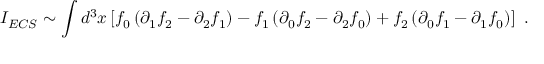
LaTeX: I _ { E C S } \sim \int d ^ { 3 } x \left[ f _ { 0 } \left( \partial _ { 1 } f _ { 2 } - \partial _ { 2 } f _ { 1 } \right) - f _ { 1 } \left( \partial _ { 0 } f _ { 2 } - \partial _ { 2 } f _ { 0 } \right) + f _ { 2 } \left( \partial _ { 0 } f _ { 1 } - \partial _ { 1 } f _ { 0 } \right) \right] \ .